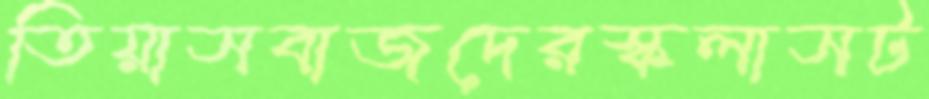
তিয়াসবাজদেরস্কলাসট